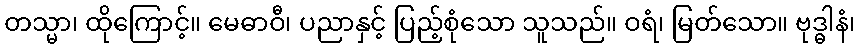
တသ္မာ၊ ထိုကြောင့်။ မေဓာဝီ၊ ပညာနှင့် ပြည့်စုံသော သူသည်။ ဝရံ၊ မြတ်သော။ ဗုဒ္ဓါနံ၊